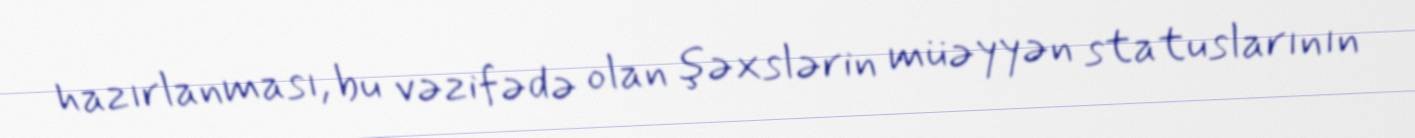
hazırlanması, bu vəzifədə olan şəxslərin müəyyən statuslarının